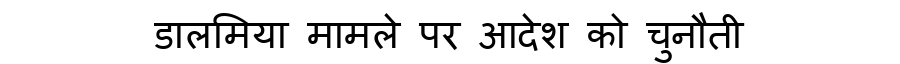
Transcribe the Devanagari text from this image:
डालमिया मामले पर आदेश को चुनौती